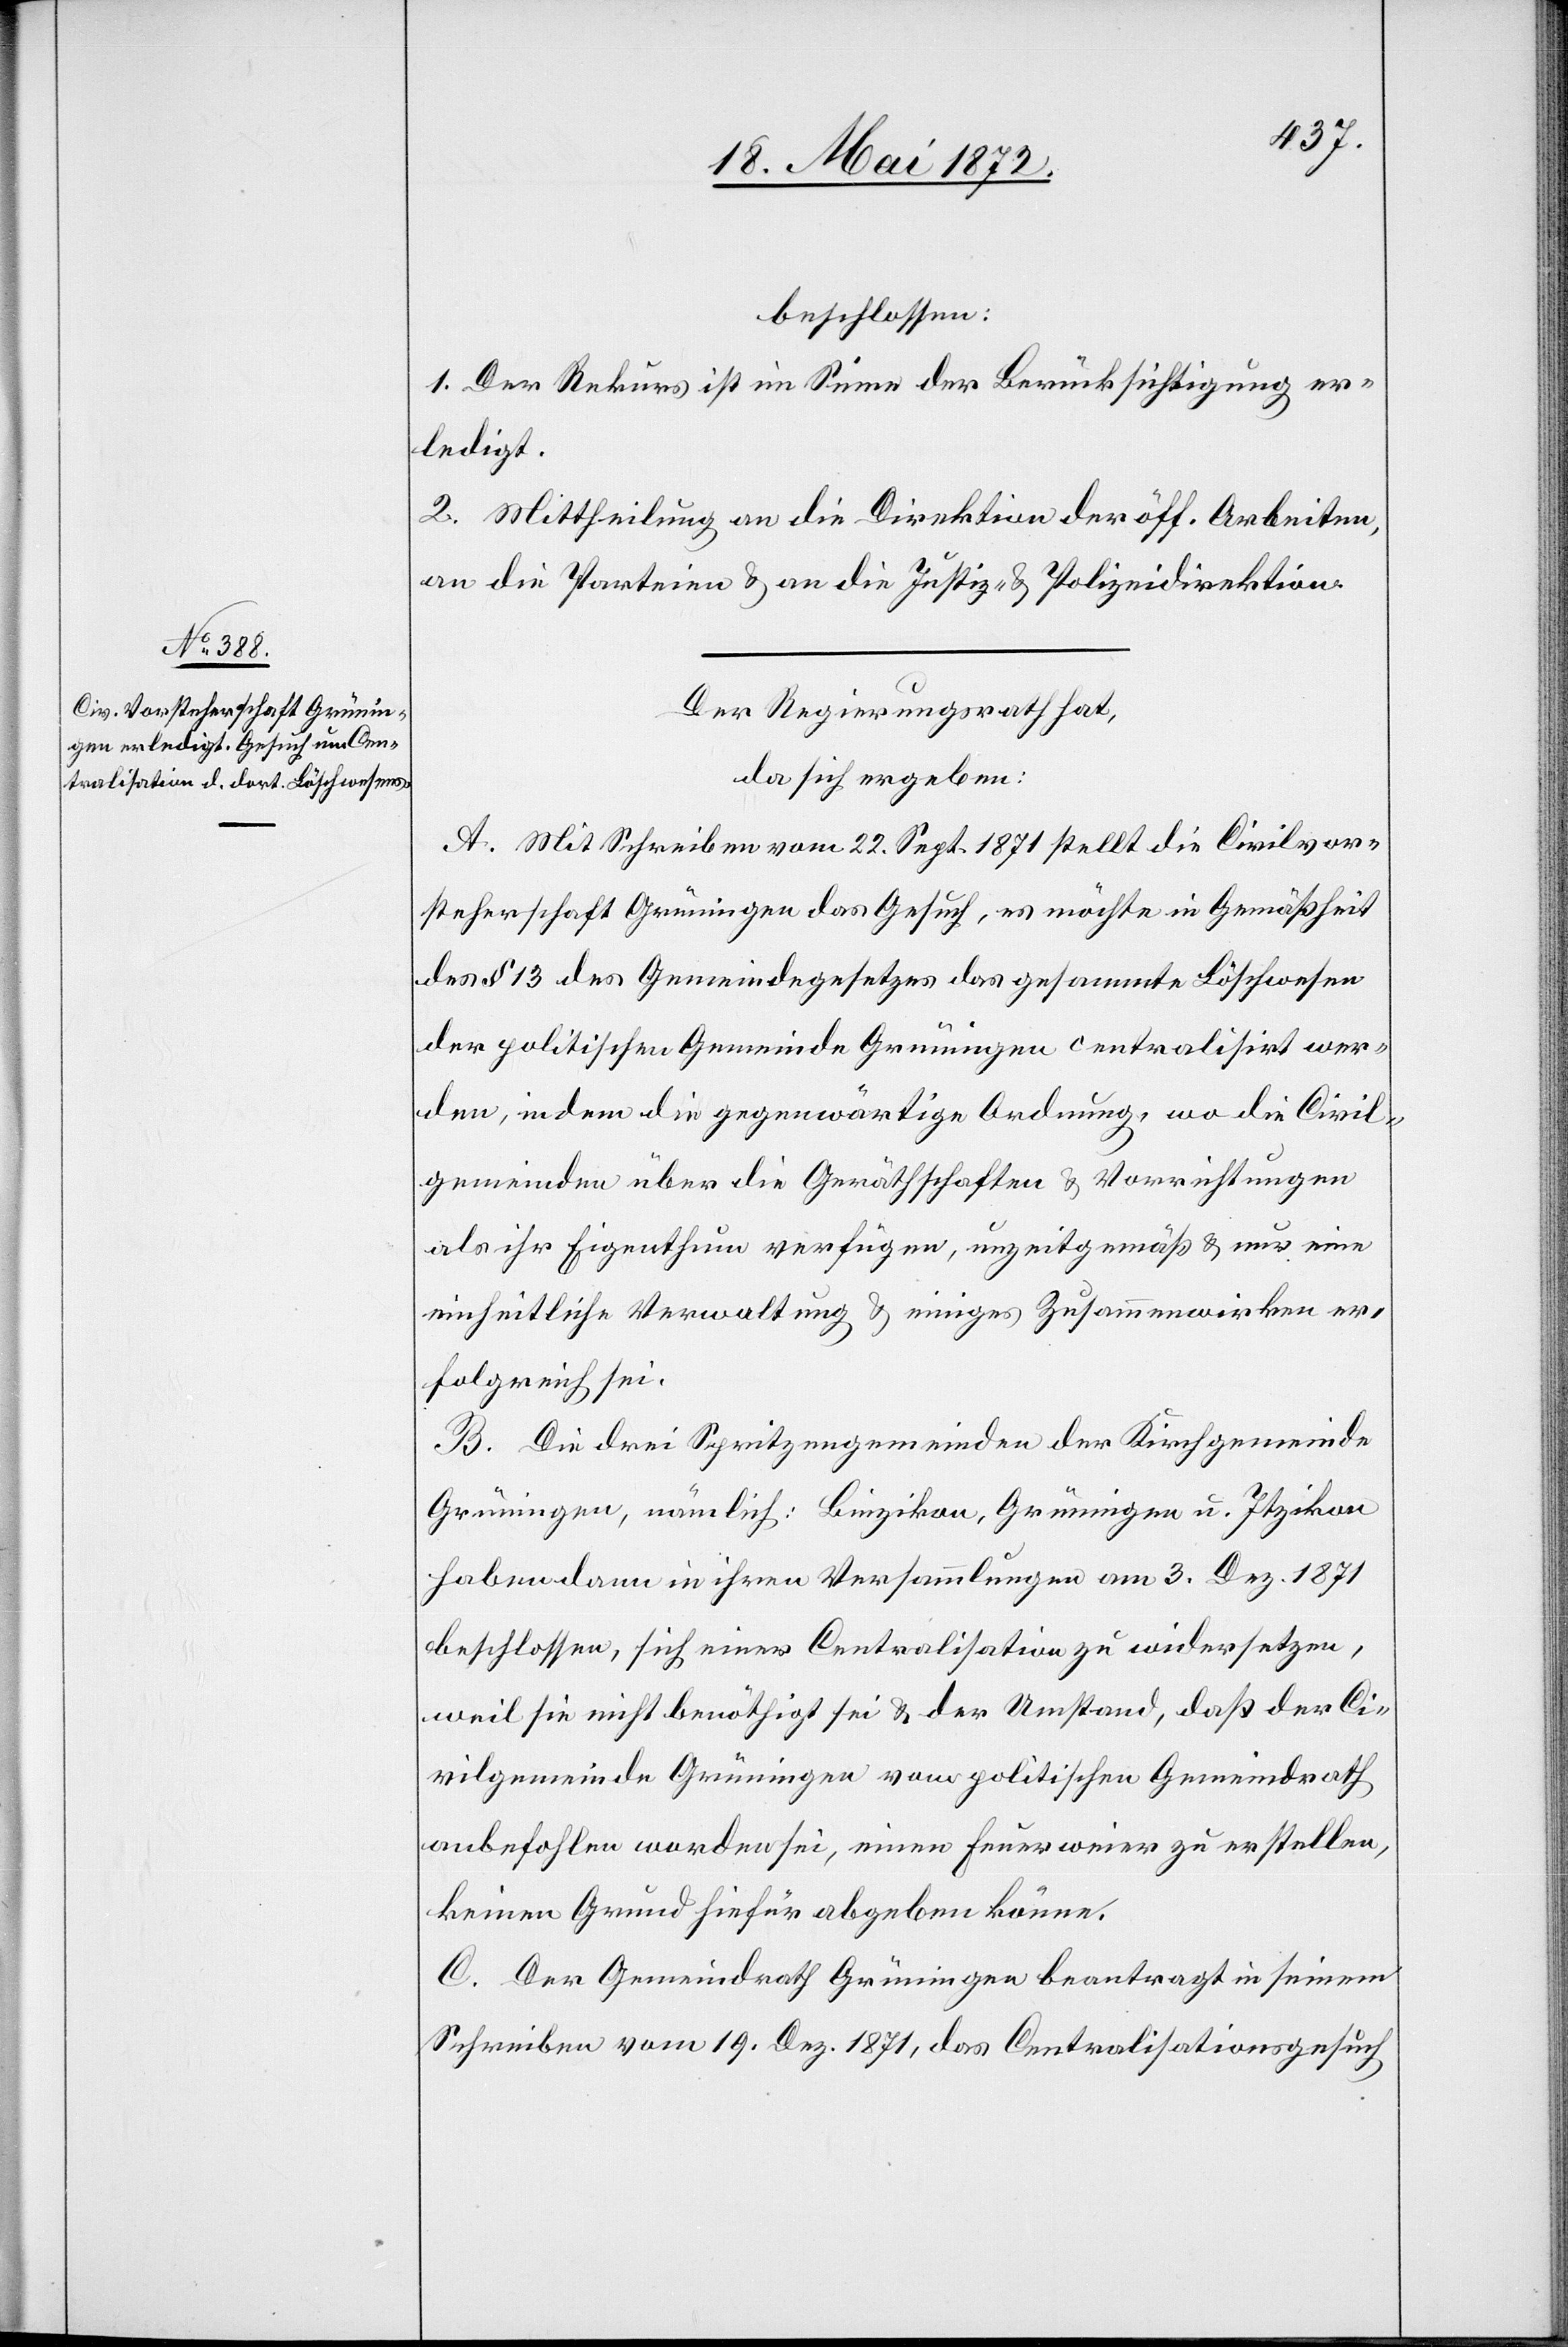
beschlossen:
1. Der Rekurs ist im Sinne der Berücksichtigung er¬
ledigt.
2. Mittheilung an die Direktion der öff. Arbeiten,
an die Parteien u. an die Justiz- u. Polizeidirektion.
Der Regierungsrath hat,
da sich ergeben:
A. Mit Schreiben vom 22. Sept. 1871 stellt die Civilvor¬
steherschaft Grüningen das Gesuch, es möchte in Gemäßheit
des § 13 des Gemeindegesetzes das gesammte Löschwesen
der politischen Gemeinde Grüningen centralisirt wer¬
den, indem die gegenwärtige Ordnung, wo die Civil¬
gemeinden über die Geräthschaften u. Vorrichtungen
als ihr Eigenthum verfügen, unzeitgemäß u. nur eine
einheitliche Verwaltung u. einiges Zusammenwirken er¬
folgreich sei.
B. Die drei Spritzengemeinden der Kirchgemeinde
Grüningen, nämlich: Binzikon, Grüningen u. Itzikon
haben dann in ihren Versammlungen am 3. Dez. 1871
beschlossen, sich einer Centralisation zu widersetzen,
weil sie nicht benöthigt sei u. der Umstand, daß der Ci¬
vilgemeinde Grüningen vom politischen Gemeindrath
anbefohlen worden sei, einen Feuerweier zu erstellen,
keinen Grund hiefür abgeben könne.
C. Der Gemeindrath Grüningen beantragt in seinem
Schreiben vom 19. Dez. 1871, das Centralisationsgesuch